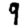
Digit: 9